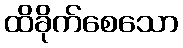
ထိခိုက်စေသော